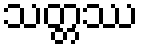
သတ္တဿ